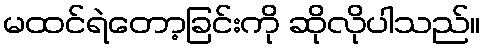
မထင်ရဲတော့ခြင်းကို ဆိုလိုပါသည်။